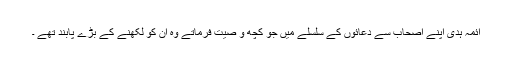
آئمہ ہدیؑ اپنے اصحاب سے دعائوں کے سلسلے میں جو کچھ و صیت فرماتے وہ ان کو لکھنے کے بڑے پابند تھے ۔